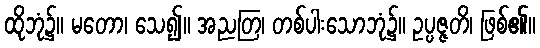
ထိုဘုံ၌။ မတော၊ သေ၍။ အညတြ၊ တစ်ပါးသောဘုံ၌။ ဥပ္ပဇ္ဇတိ၊ ဖြစ်၏။